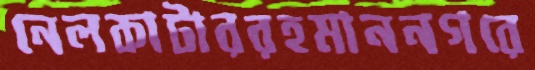
নেলকাটাররহমাননগরে